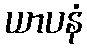
ယာပနံ